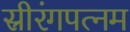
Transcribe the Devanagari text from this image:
स्रीरंगपत्नम